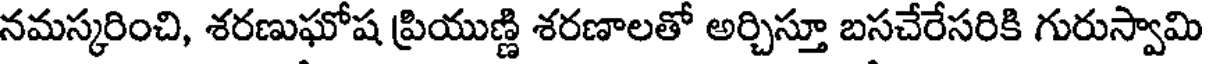
నమస్కరించి, శరణుఘోష ప్రియుణ్ణి శరణాలతో అర్చిస్తూ బసచేరేసరికి గురుస్వామి